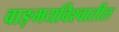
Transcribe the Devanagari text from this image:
वाङ्‌मयविश्‍वातील